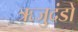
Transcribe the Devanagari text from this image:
ऋजुदंडों